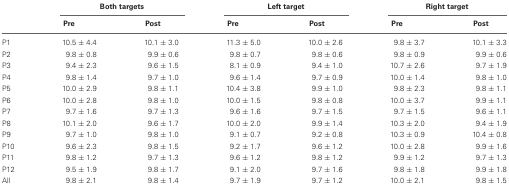
<table><thead><tr><td></td><td colspan="2"><b>Both targets</b></td><td colspan="2"><b>Left target</b></td><td colspan="2"><b>Right target</b></td></tr><tr><td></td><td><b>Pre</b></td><td><b>Post</b></td><td><b>Pre</b></td><td><b>Post</b></td><td><b>Pre</b></td><td><b>Post</b></td></tr></thead><tbody><tr><td>P1</td><td>10.5 ± 4.4</td><td>10.1 ± 3.0</td><td>11.3 ± 5.0</td><td>10.0 ± 2.6</td><td>9.8 ± 3.7</td><td>10.1 ± 3.3</td></tr><tr><td>P2</td><td>9.8 ± 0.8</td><td>9.9 ± 0.6</td><td>9.8 ± 0.7</td><td>9.8 ± 0.6</td><td>9.8 ± 0.9</td><td>9.9 ± 0.6</td></tr><tr><td>P3</td><td>9.4 ± 2.3</td><td>9.6 ± 1.5</td><td>8.1 ± 0.9</td><td>9.4 ± 1.0</td><td>10.7 ± 2.6</td><td>9.7 ± 1.9</td></tr><tr><td>P4</td><td>9.8 ± 1.4</td><td>9.7 ± 1.0</td><td>9.6 ± 1.4</td><td>9.7 ± 0.9</td><td>10.0 ± 1.4</td><td>9.8 ± 1.0</td></tr><tr><td>P5</td><td>10.0 ± 2.9</td><td>9.8 ± 1.1</td><td>10.4 ± 3.8</td><td>9.9 ± 1.0</td><td>9.8 ± 2.3</td><td>9.8 ± 1.1</td></tr><tr><td>P6</td><td>10.0 ± 2.8</td><td>9.8 ± 1.0</td><td>10.0 ± 1.5</td><td>9.8 ± 0.8</td><td>10.0 ± 3.7</td><td>9.9 ± 1.1</td></tr><tr><td>P7</td><td>9.7 ± 1.6</td><td>9.7 ± 1.3</td><td>9.6 ± 1.6</td><td>9.7 ± 1.5</td><td>9.7 ± 1.5</td><td>9.6 ± 1.1</td></tr><tr><td>P8</td><td>10.1 ± 2.0</td><td>9.6 ± 1.7</td><td>10.0 ± 2.0</td><td>9.9 ± 1.4</td><td>10.3 ± 2.0</td><td>9.4 ± 1.9</td></tr><tr><td>P9</td><td>9.7 ± 1.0</td><td>9.8 ± 1.0</td><td>9.1 ± 0.7</td><td>9.2 ± 0.8</td><td>10.3 ± 0.9</td><td>10.4 ± 0.8</td></tr><tr><td>P10</td><td>9.6 ± 2.3</td><td>9.8 ± 1.5</td><td>9.2 ± 1.7</td><td>9.6 ± 1.2</td><td>10.0 ± 2.8</td><td>9.9 ± 1.6</td></tr><tr><td>P11</td><td>9.8 ± 1.2</td><td>9.7 ± 1.3</td><td>9.6 ± 1.2</td><td>9.8 ± 1.2</td><td>9.9 ± 1.2</td><td>9.7 ± 1.3</td></tr><tr><td>P12</td><td>9.5 ± 1.9</td><td>9.8 ± 1.7</td><td>9.1 ± 2.0</td><td>9.7 ± 1.6</td><td>9.8 ± 1.8</td><td>9.9 ± 1.8</td></tr><tr><td>All</td><td>9.8 ± 2.1</td><td>9.8 ± 1.4</td><td>9.7 ± 1.9</td><td>9.7 ± 1.2</td><td>10.0 ± 2.1</td><td>9.8 ± 1.5</td></tr></tbody></table>